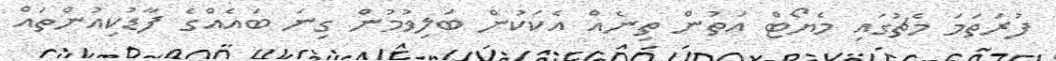
ފުރަތަމަ މެޗުގައި މެޔޯޓް އަތުން ތިނެއް އެކަކުން ބަލިވުމުން ގިނަ ބައެއްގެ ފާޑުކިއުންތައް